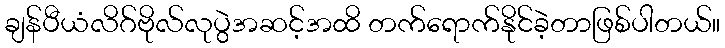
ချန်ပီယံလိဂ်ဗိုလ်လုပွဲအဆင့်အထိ တက်ရောက်နိုင်ခဲ့တာဖြစ်ပါတယ်။